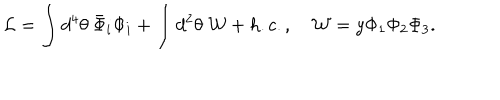
{ \cal L } = \int d ^ { 4 } \theta \ \bar { \Phi } _ { i } \Phi _ { i } + \int d ^ { 2 } \theta \ { \cal W } + h . c . , { \cal W } = y \Phi _ { 1 } \Phi _ { 2 } \Phi _ { 3 } .